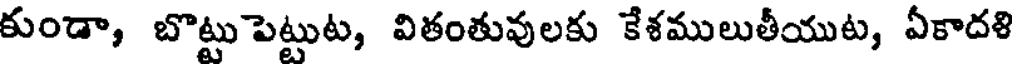
కుండా, బొట్టు పెట్టుట, వితంతువులకు కేశములుతీయుట, ఏకాదళి